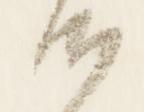
御